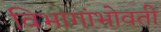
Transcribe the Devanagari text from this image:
विभागांभोवती